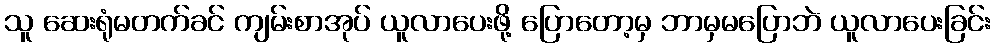
သူ ဆေးရုံမတက်ခင် ကျမ်းစာအုပ် ယူလာပေးဖို့ ပြောတော့မှ ဘာမှမပြောဘဲ ယူလာပေးခြင်း